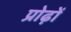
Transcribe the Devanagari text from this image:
प्रोढ़ों